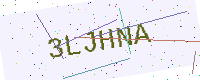
Text: 3LJHNA